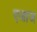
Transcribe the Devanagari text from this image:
एजाज